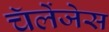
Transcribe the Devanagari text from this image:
चॅलेंजेस